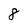
Character: 8